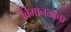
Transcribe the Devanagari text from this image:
विमानळाचा